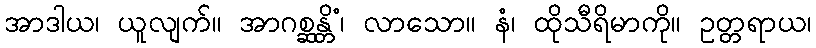
အာဒါယ၊ ယူလျက်။ အာဂစ္ဆန္တိံ၊ လာသော။ နံ၊ ထိုသီရိမာကို။ ဥတ္တရာယ၊